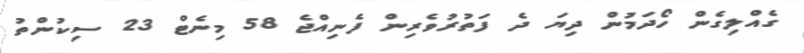
ގެއްލިގެން ހޯދަމުން ދިޔަ ދެ ފަތުރުވެރިން ފެނިއްޖެ 58 މިނެޓް 23 ސިކުންތު